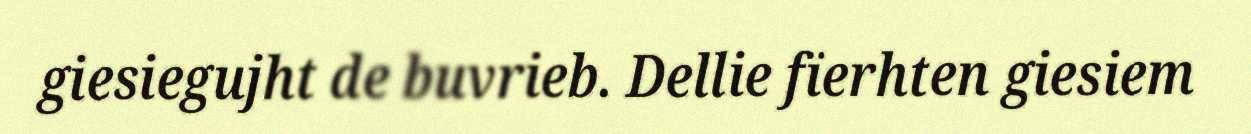
giesiegujht de buvrieb. Dellie fïerhten giesiem